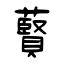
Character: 藖